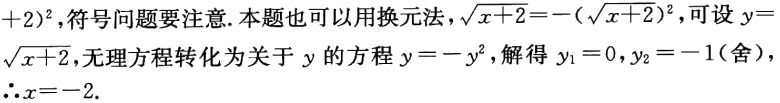
$+2)^{2},符号问题要注意.本题也可以用换元法,\(\sqrt{x + 2}=-(\sqrt{x + 2})^{2}\),可设\(y = \sqrt{x + 2}\),无理方程转化为关于\(y\)的方程\(y=-y^{2}\),解得\(y_{1}=0,y_{2}=-1(舍),\(\therefore x=-2\).